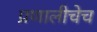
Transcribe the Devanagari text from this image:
प्रणालीचेच